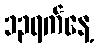
၁၃ရက်နေ့